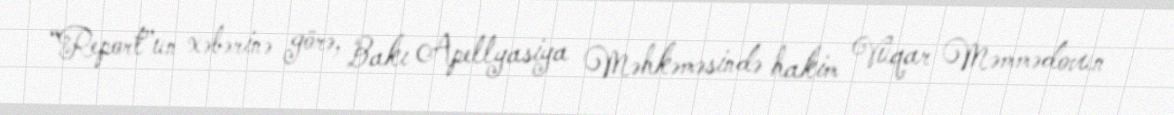
“Report”un xəbərinə görə, Bakı Apellyasiya Məhkəməsində hakim Vüqar Məmmədovun